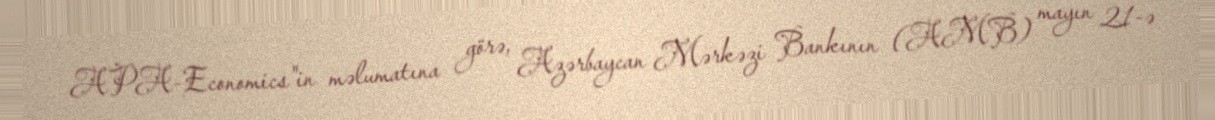
APA-Economics"in məlumatına görə, Azərbaycan Mərkəzi Bankının (AMB) mayın 21-ə